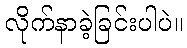
လိုက်နာခဲ့ခြင်းပါပဲ။